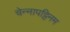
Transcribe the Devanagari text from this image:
चेन्नापट्टिनम